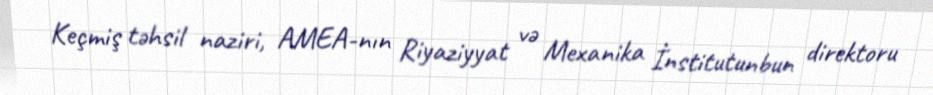
Keçmiş təhsil naziri, AMEA-nın Riyaziyyat və Mexanika İnstitutunbun direktoru